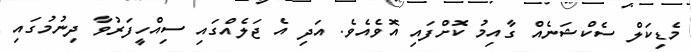
މެޑިކަލް ސެކްޝަނެއް ގާއިމު ކޮށްފައި އޮވެއެވެ. އަދި އެ ޖަލެއްގައި ސިއްހީފަރުވާ ދިނުމުގައި